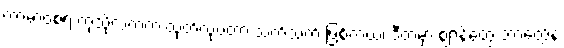
ကာမာဝစရ ကုသိုလ်ကံက ထုတ်လုပ်တာ သက်သက် ဖြစ်တယ်၊ ဒီထဲမှာ ဈာန်တွေ ဘာတွေနဲ့